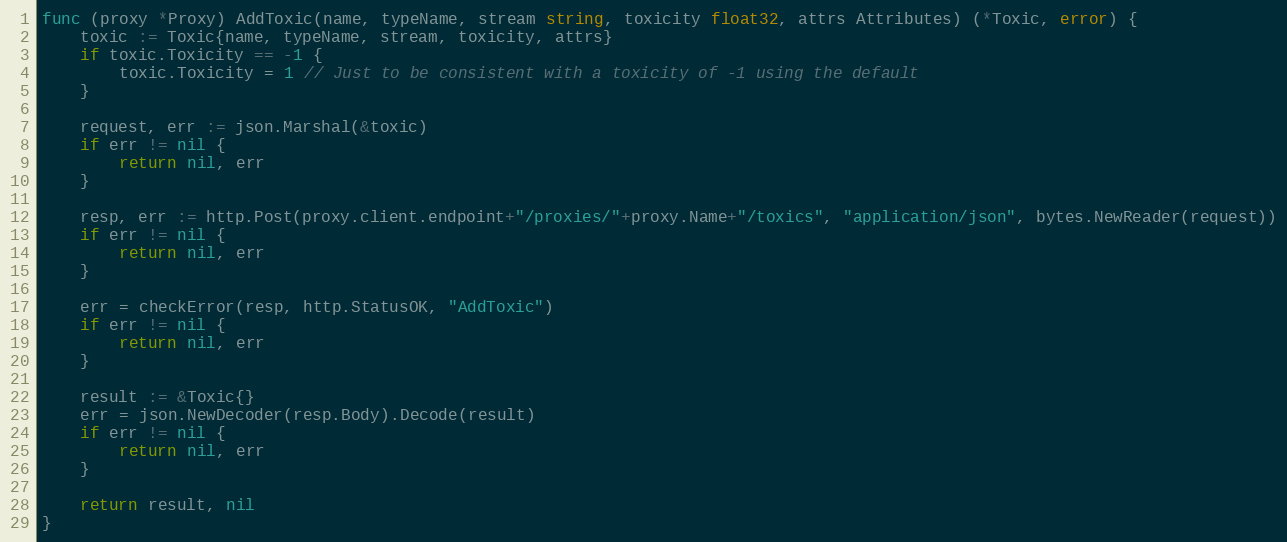
Language: Go
func (proxy *Proxy) AddToxic(name, typeName, stream string, toxicity float32, attrs Attributes) (*Toxic, error) {
	toxic := Toxic{name, typeName, stream, toxicity, attrs}
	if toxic.Toxicity == -1 {
		toxic.Toxicity = 1 // Just to be consistent with a toxicity of -1 using the default
	}

	request, err := json.Marshal(&toxic)
	if err != nil {
		return nil, err
	}

	resp, err := http.Post(proxy.client.endpoint+"/proxies/"+proxy.Name+"/toxics", "application/json", bytes.NewReader(request))
	if err != nil {
		return nil, err
	}

	err = checkError(resp, http.StatusOK, "AddToxic")
	if err != nil {
		return nil, err
	}

	result := &Toxic{}
	err = json.NewDecoder(resp.Body).Decode(result)
	if err != nil {
		return nil, err
	}

	return result, nil
}